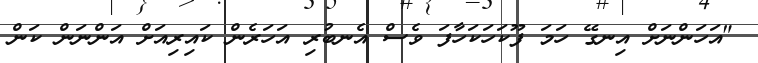
"އަހަންނަށް އިނގޭ ހަމަ ފޫކަހަކަހާފަ ވެސް އެނބުރި އަހަރެން ކައިރިއަށް އަންނަން ކަން